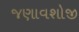
જણાવશોજી